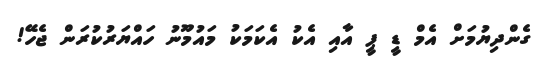
ގެންދިޔުމަށް އެމް ޑީ ޕީ އާއި އެކު އެކަމަކު މައުމޫނު ހައްޔަރުކުރަން ޖެހޭ!